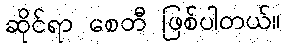
ဆိုင်ရာ စေတီ ဖြစ်ပါတယ်။